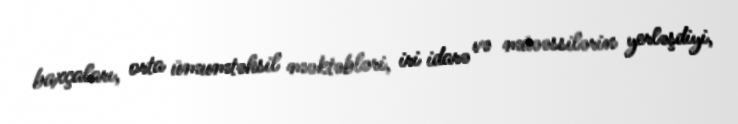
baxçaları, orta ümumtəhsil məktəbləri, iri idarə və müəəssilərin yerləşdiyi,